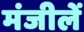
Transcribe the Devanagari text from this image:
मंजीलें